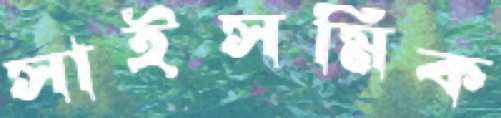
সাইসমিক